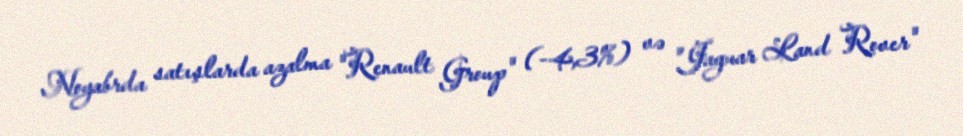
Noyabrda satışlarda azalma "Renault Group" (-4,3%) və "Jaguar Land Rover"